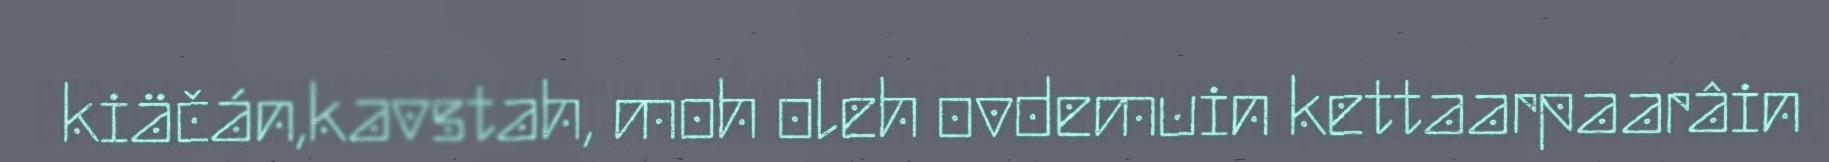
kiäčán,kavstah, moh oleh ovdemuin kettaarpaarâin